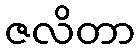
ဇလိတာ